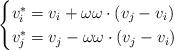
LaTeX: \begin{align*}\begin{cases}v_i^* = v_i + \omega \omega \cdot \left( v_j-v_i\right)\\v_j^* = v_j - \omega \omega \cdot \left( v_j-v_i\right) \end{cases}\end{align*}